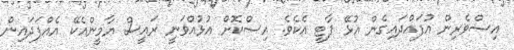
އިސްވެރިން އުފައްދައިގެން އުޅޭ ޕާޓީ އެކެވެ. އިސްކޮށް އުޅުއްވަނީ ރައީސް ޔާމީންއެކޭ އެއްފަދައިން